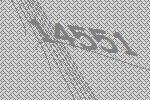
14551